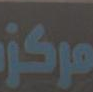
مركز